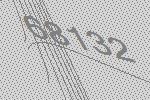
68132